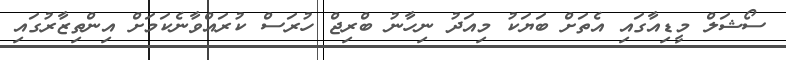
ސޯޝަލް މީޑިއާގައި އެތަށް ބަޔަކު މިއަދު ނިހާނު ބްރިޖް ހުރަސް ކުރައްވާނެކަމަށް އިންތިޒާރުގައި